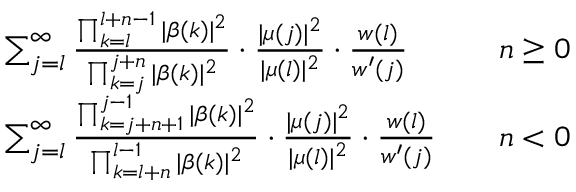
\begin{array} { r l r l } & { \sum _ { j = l } ^ { \infty } \frac { \prod _ { k = l } ^ { l + n - 1 } | \beta ( k ) | ^ { 2 } } { \prod _ { k = j } ^ { j + n } | \beta ( k ) | ^ { 2 } } \cdot \frac { | \mu ( j ) | ^ { 2 } } { | \mu ( l ) | ^ { 2 } } \cdot \frac { w ( l ) } { w ^ { \prime } ( j ) } } & & { n \ge 0 } \\ & { \sum _ { j = l } ^ { \infty } \frac { \prod _ { k = j + n + 1 } ^ { j - 1 } | \beta ( k ) | ^ { 2 } } { \prod _ { k = l + n } ^ { l - 1 } | \beta ( k ) | ^ { 2 } } \cdot \frac { | \mu ( j ) | ^ { 2 } } { | \mu ( l ) | ^ { 2 } } \cdot \frac { w ( l ) } { w ^ { \prime } ( j ) } } & & { n < 0 } \end{array}